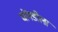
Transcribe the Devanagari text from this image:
घोंगडीला